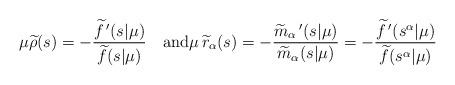
LaTeX: \begin{align*}\mu \widetilde\rho(s) &= -\frac{\widetilde f\,^\prime(s|\mu)}{\widetilde f(s|\mu)} \quad{\rm and}\mu\,\widetilde r_\alpha(s) = -\frac{\widetilde m_\alpha\,^\prime(s|\mu)}{\widetilde m_\alpha(s|\mu)} = -\frac{\widetilde f\,^\prime(s^\alpha|\mu)}{\widetilde f(s^\alpha|\mu)} \end{align*}